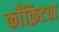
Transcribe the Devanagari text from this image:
काँक्रिटचा